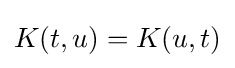
K(t,u)=K(u,t)